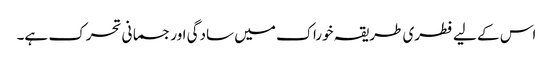
اس کے لیے فطری طریقہ خوراک میں سادگی اور جسمانی تحرک ہے۔